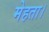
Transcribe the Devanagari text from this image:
मेहता।